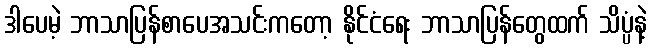
ဒါပေမဲ့ ဘာသာပြန်စာပေအသင်းကတော့ နိုင်ငံရေး ဘာသာပြန်တွေထက် သိပ္ပံနဲ့